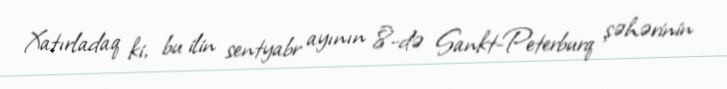
Xatırladaq ki, bu ilin sentyabr ayının 8-də Sankt-Peterburq şəhərinin